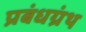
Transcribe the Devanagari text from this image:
प्रबंधग्रंथ